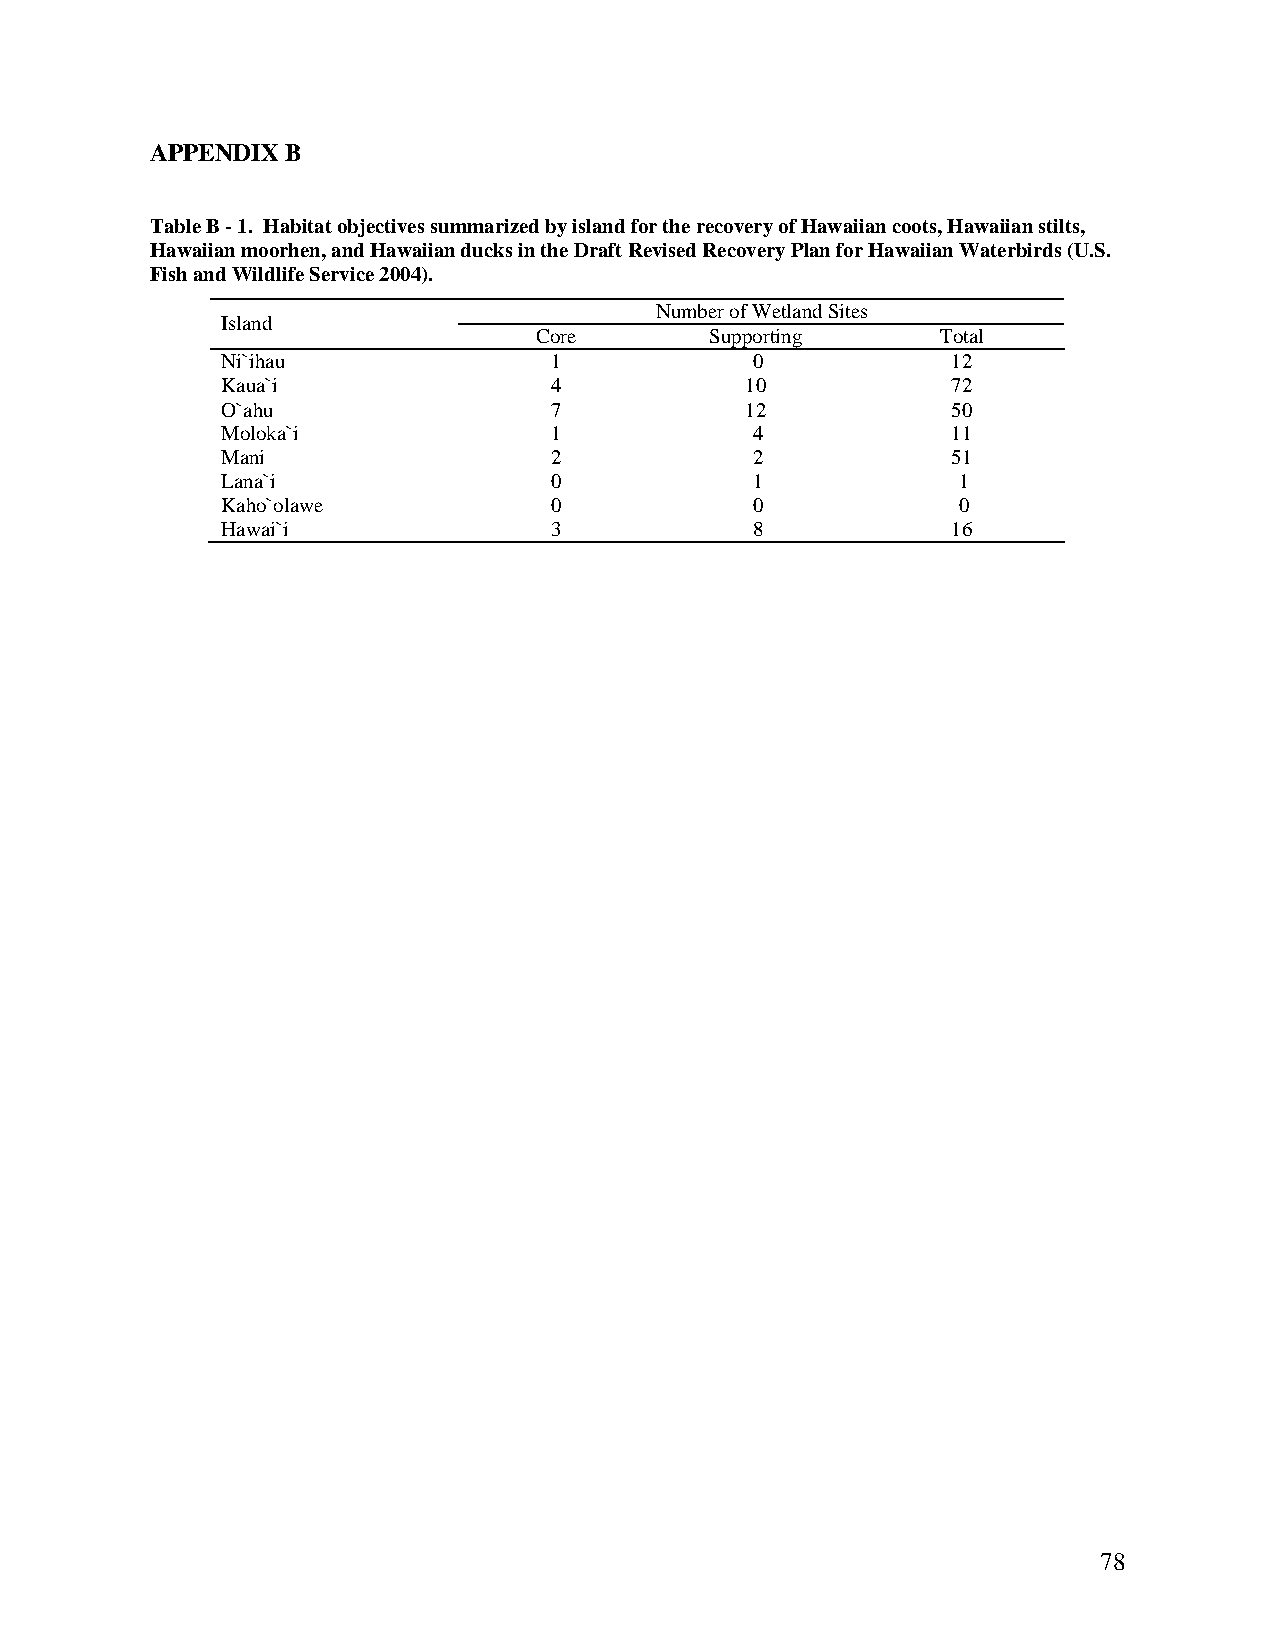
APPENDIX B
 Table B - 1. Habitat objectives summarized by island for the recovery of Hawaiian coots, Hawaiian stilts,
 Hawaiian moorhen, and Hawaiian ducks in the Draft Revised Recovery Plan for Hawaiian Waterbirds (U.S.
 Fish and Wildlife Service 2004).
 Number of Wetland Sites
 Island
 Core        Supporting     Total
 Ni`ihau              1             0            12
 Kaua`i               4            10            72
 O`ahu                7            12            50
 Moloka`i             1             4            11
 Mani                 2             2            51
 Lana`i               0             1             1
 Kaho`olawe           0             0             0
 Hawai`i              3             8            16
 78